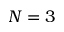
N = 3